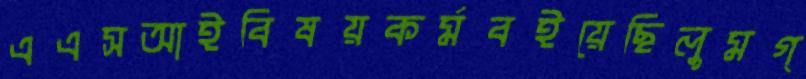
এএসআইবিষয়কর্মবইয়েছিলুমগ্